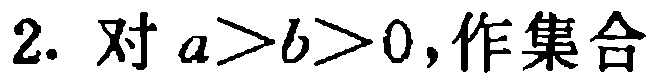
2. 对 \(a > b > 0\)，作集合